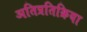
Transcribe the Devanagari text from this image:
अतिप्रतिक्रिया